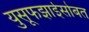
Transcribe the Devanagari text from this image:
युसूफझाईसोबत